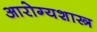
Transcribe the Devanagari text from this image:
आरोग्यशास्त्र